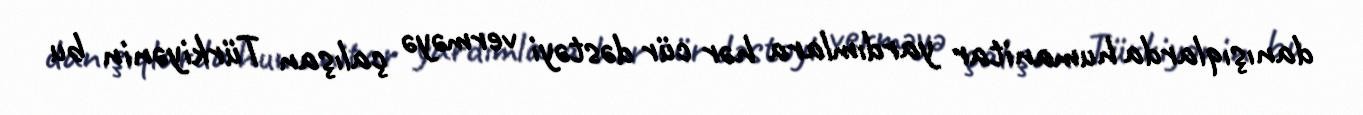
danışıqlarda humanitar yardımlara hər cür dəstəyi verməyə çalışan Türkiyənin bu